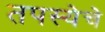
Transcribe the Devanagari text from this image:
तपस्येचे